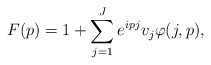
\begin{align*} F(p)=1+\sum_{j=1}^J e^{i pj}v_j \varphi(j,p),\end{align*}